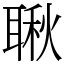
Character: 䎿